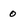
Character: 0